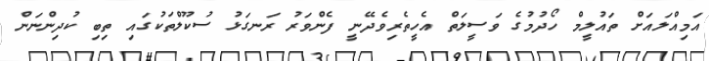
އަމިއްލައަށް ތައުލީމް ހޯދުމުގެ ވަސީލަތް އެހީތެރިވެދޭނީ ފެންވަރު ރަނގަޅު ސުކޫލްތަކުގައި ތިބި ކުދިންނަން